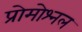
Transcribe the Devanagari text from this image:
प्रोमोश्नल